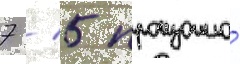
7 / 5 произошло́